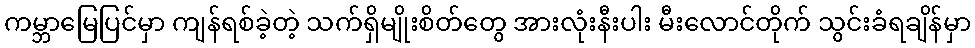
ကမ္ဘာမြေပြင်မှာ ကျန်ရစ်ခဲ့တဲ့ သက်ရှိမျိုးစိတ်တွေ အားလုံးနီးပါး မီးလောင်တိုက် သွင်းခံရချိန်မှာ